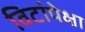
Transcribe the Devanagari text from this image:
विटांपेक्षा